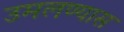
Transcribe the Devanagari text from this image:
उमलण्यास